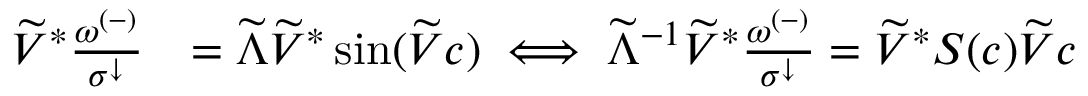
\begin{array} { r l } { \widetilde { V } ^ { * } \frac { \omega ^ { ( - ) } } { \sigma ^ { \downarrow } } } & { = \widetilde { \Lambda } \widetilde { V } ^ { * } \sin ( \widetilde { V } c ) \iff \widetilde { \Lambda } ^ { - 1 } \widetilde { V } ^ { * } \frac { \omega ^ { ( - ) } } { \sigma ^ { \downarrow } } = \widetilde { V } ^ { * } S ( c ) \widetilde { V } c } \end{array}